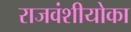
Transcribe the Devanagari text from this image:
राजवंशीयोका